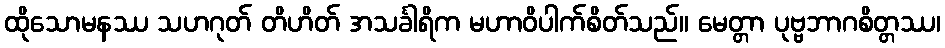
ထိုသောမနဿ သဟဂုတ် တိဟိတ် အသင်္ခါရိက မဟာဝိပါက်စိတ်သည်။ မေတ္တာ ပုဗ္ဗဘာဂစိတ္တဿ၊